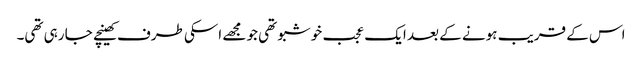
اس کے قریب ہونے کے بعد ایک عجب خوشبو تھی جو مجھے اسکی طرف کھینچے جا رہی تھی۔